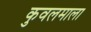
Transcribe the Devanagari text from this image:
कुवलमाला